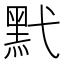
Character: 黓